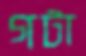
গটা